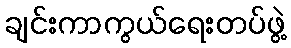
ချင်းကာကွယ်ရေးတပ်ဖွဲ့